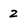
Character: z